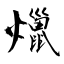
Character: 爉